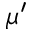
\mu ^ { \prime }